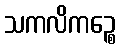
သကလိကဉ္စေ